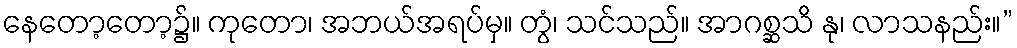
နေတော့တော့၌။ ကုတော၊ အဘယ်အရပ်မှ။ တွံ၊ သင်သည်။ အာဂစ္ဆသိ နု၊ လာသနည်း။”